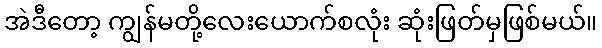
အဲဒီတော့ ကျွန်မတို့လေးယောက်စလုံး ဆုံးဖြတ်မှဖြစ်မယ်။